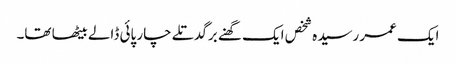
ایک عمر رسیدہ شخص ایک گھنے برگدتلے چار پائی ڈالے بیٹھا تھا۔